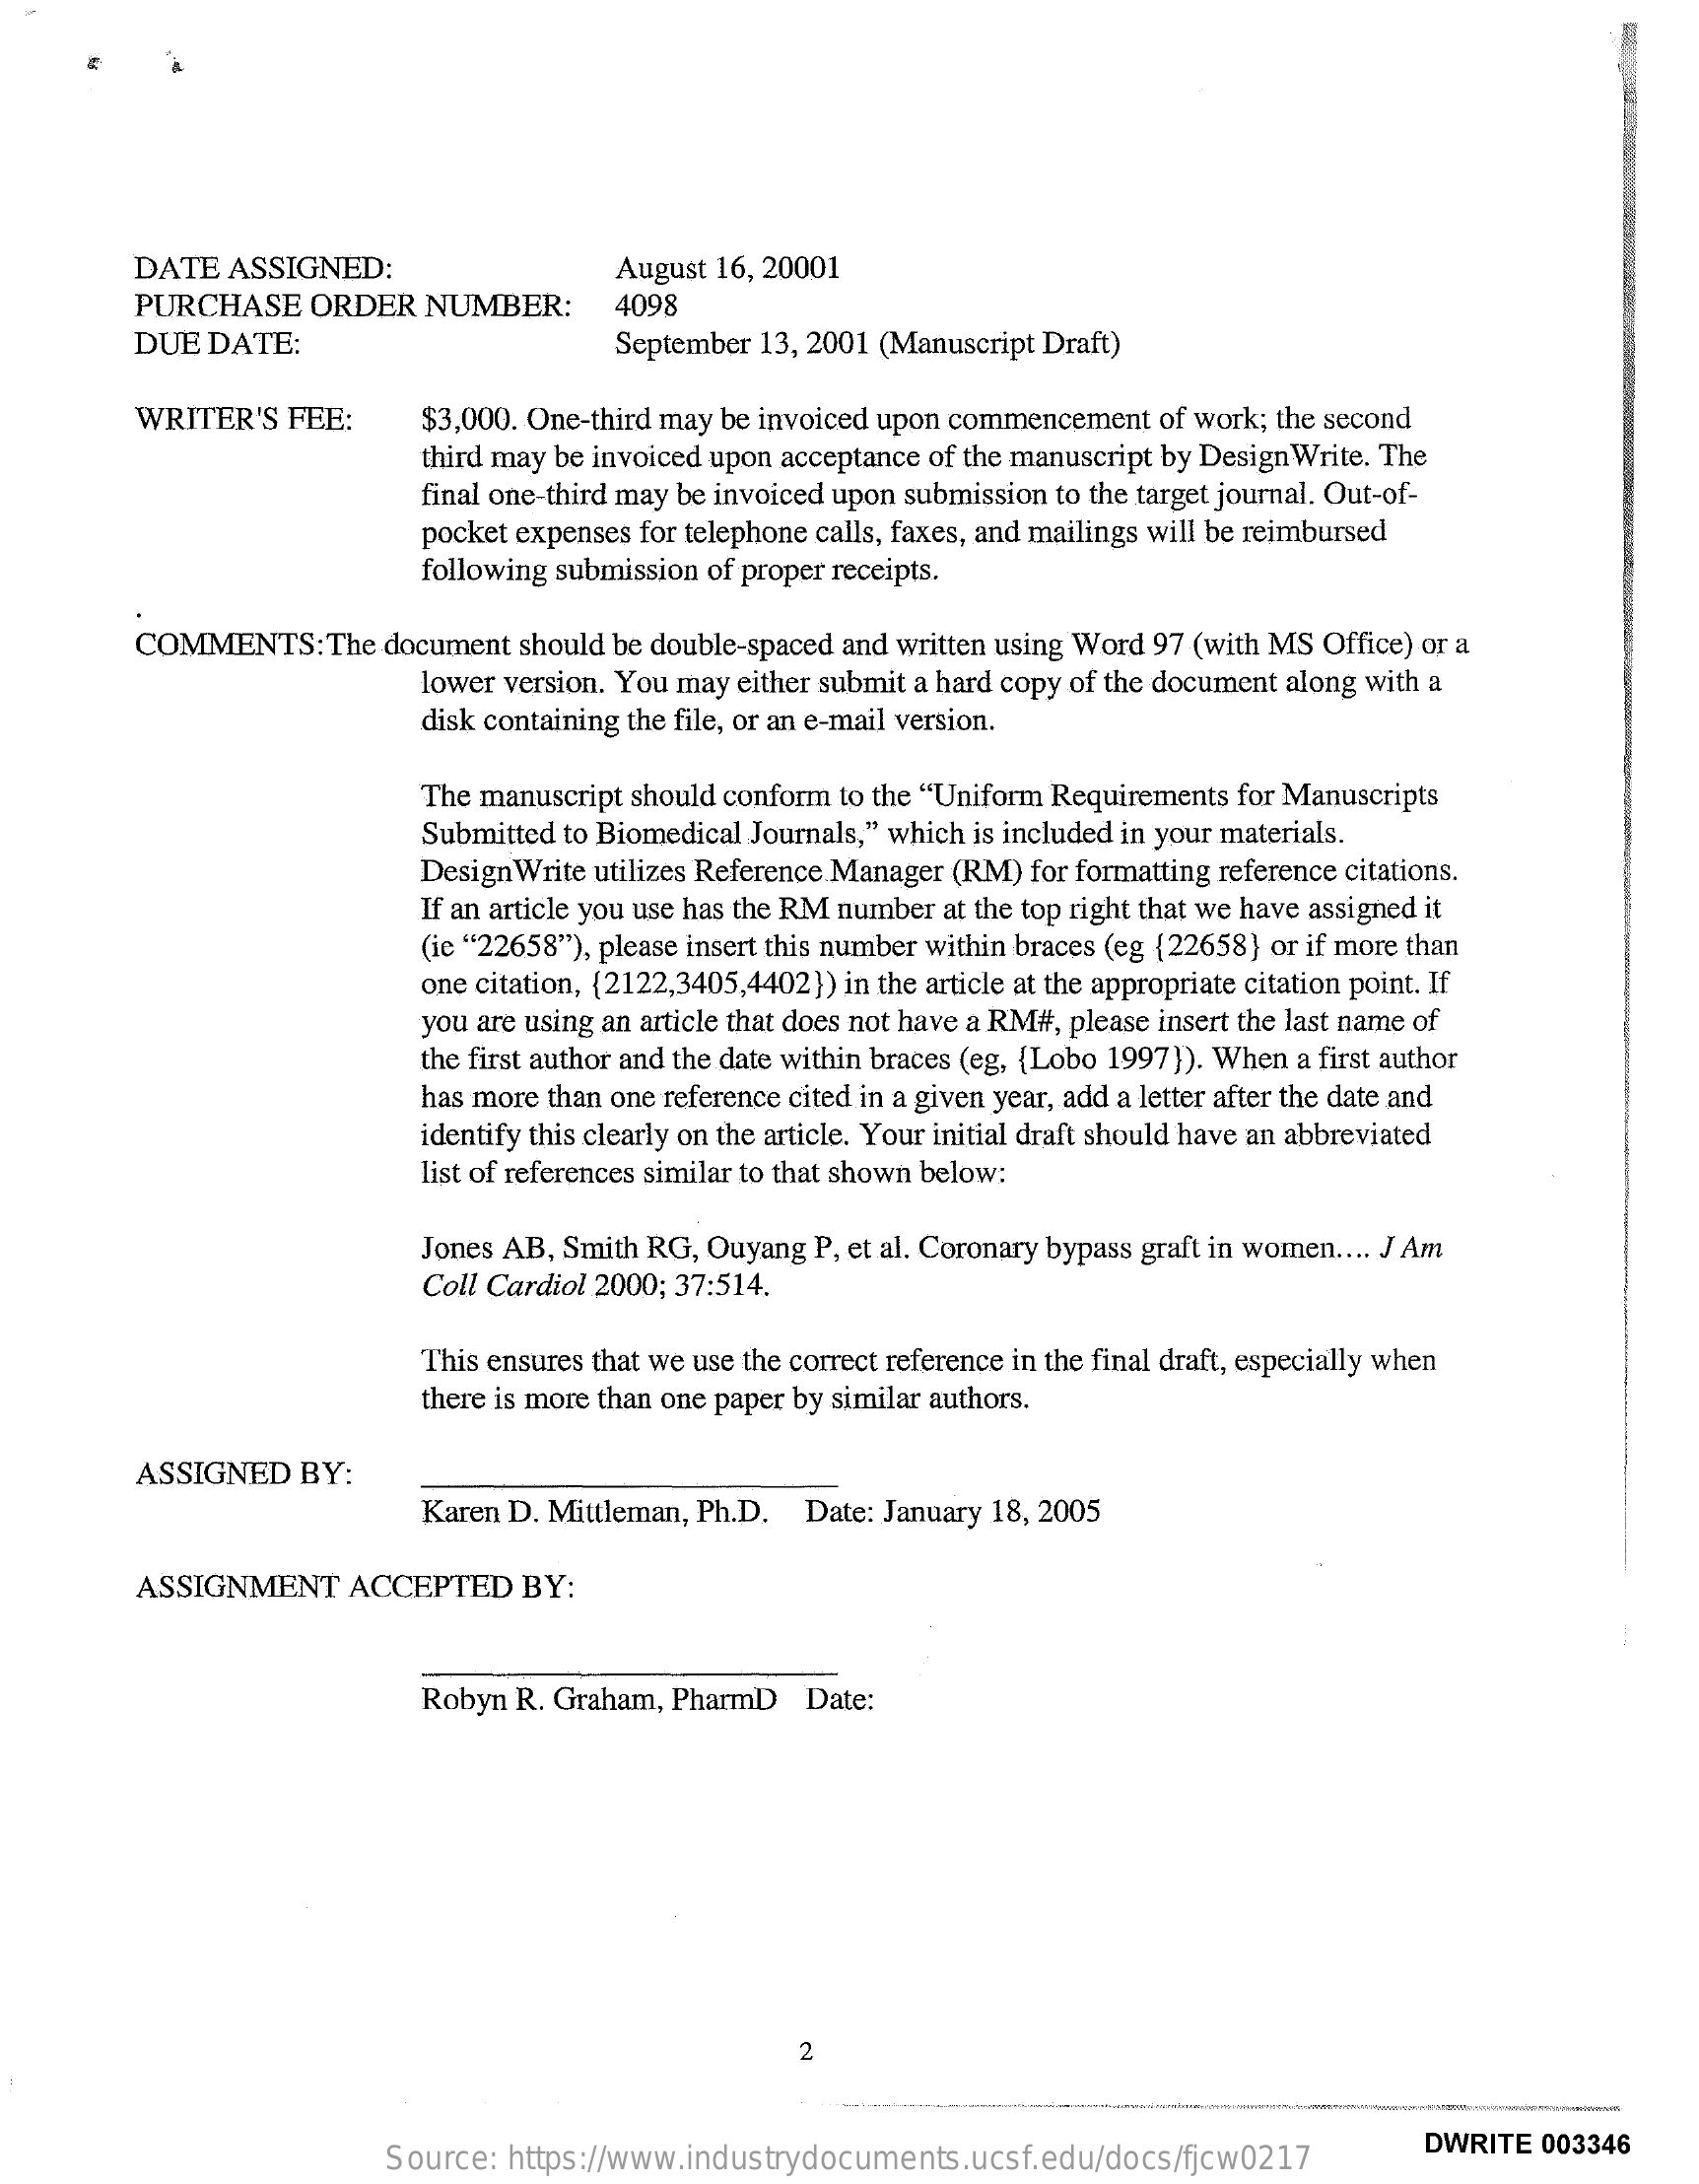
DATE  ASSIGNED:    August 16, 20001
     PURCHASE  ORDER  NUMBER:    4098
     DUE DATE:    September 13, 2001 (Manuscript Draft)
     WRITER'S FEE:    $3,000. One-third may be invoiced upon commencement of work; the second
     third may be invoiced upon acceptance of the manuscript by Design Write. The
     final one-third may be invoiced upon submission to the target journal. Out-of-
     pocket expenses for telephone calls, faxes, and mailings will be reimbursed
     following submission of proper receipts.
     COMMENTS:   The document should be double-spaced and written using Word 97 (with MS Office) or a
     lower version. You may either submit a hard copy of the document along with a
     disk containing the file, or an e-mail version.
     The manuscript should conform to the "Uniform Requirements for Manuscripts
     Submitted to Biomedical Journals," which is included in your materials.
     Design Write utilizes Reference Manager (RM) for formatting reference citations.
     If an article you use has the RM number at the top right that we have assigned it
     (ie "22658"), please insert this number within braces (eg {22658} or if more than
     one citation, {2122,3405,4402}) in the article at the appropriate citation point. If
     you are using an article that does not have a RM#, please insert the last name of
     the first author and the date within braces (eg, {Lobo 1997}). When a first author
     has more than one reference cited in a given year, add a letter after the date and
     identify this clearly on the article. Your initial draft should have an abbreviated
     list of references similar to that shown below:
     Jones AB, Smith RG, Ouyang P, et al. Coronary bypass graft in women .... J Am
     Coll Cardiol 2000; 37:514.
     This ensures that we use the correct reference in the final draft, especially when
     there is more than one paper by similar authors.
     ASSIGNED  BY:
     Karen D. Mittleman, Ph.D. Date: January 18, 2005
     ASSIGNMENT   ACCEPTED  BY:
     Robyn R. Graham, PharmD Date:
     2
     Source: https://www.industrydocuments.ucsf.edu/docs/fjcw0217
     DWRITE 003346